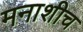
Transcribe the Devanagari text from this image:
मनाशीच